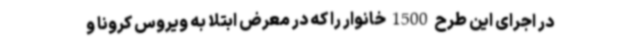
در اجرای این طرح 1500 خانوار را که در معرض ابتلا به ویروس کرونا و